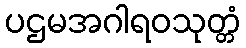
ပဌမအဂါရဝသုတ္တံ